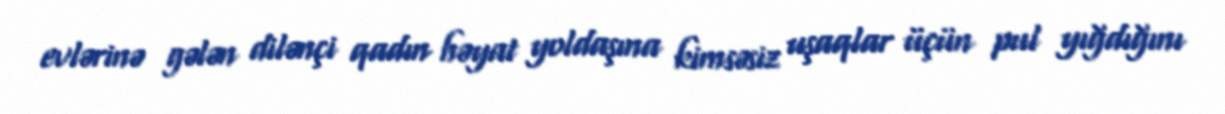
evlərinə gələn dilənçi qadın həyat yoldaşına kimsəsiz uşaqlar üçün pul yığdığını